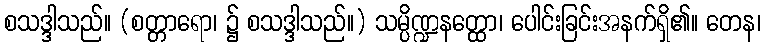
စသဒ္ဒါသည်။ (စတ္တာရော၊ ၌ စသဒ္ဒါသည်။) သမ္ပိဏ္ဍနတ္ထော၊ ပေါင်းခြင်းအနက်ရှိ၏။ တေန၊